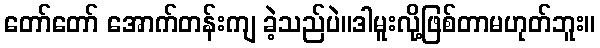
တော်တော် အောက်တန်းကျ ခဲ့သည်ပဲ။ဒါမူးလို့ဖြစ်တာမဟုတ်ဘူး။